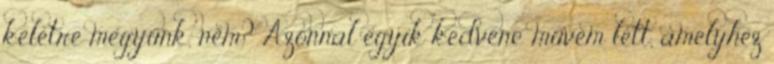
keletre megyünk, nem? Azonnal egyik kedvenc művem lett, amelyhez